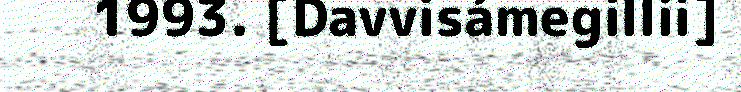
1993. [Davvisámegillii]